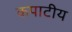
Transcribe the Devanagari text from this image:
कपाटीय